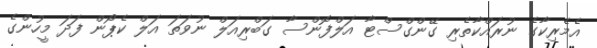
އެމެރިކާގެ ނުރައްކާތެރި ގޭންގްސްޓާ އަލްފޮންސާ ގަބްރިއަލް ނުވަތަ އަލް ކެޕޯން ފަދަ މީހުންގެ